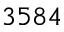
3 5 8 4